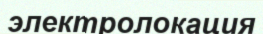
электролокация